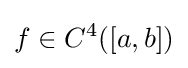
f\in C^{4}([a,b])